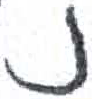
אות: נ